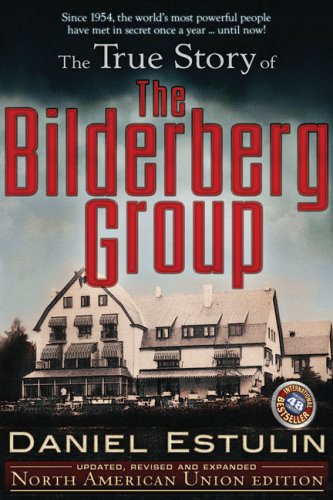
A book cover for The True Story of the Bilderberg Group; Daniel Estulin; Religion & Spirituality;